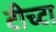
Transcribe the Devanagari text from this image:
टीच्टा